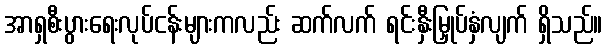
အာရှစီးပွားရေးလုပ်ငန်းများကလည်း ဆက်လက် ရင်းနှီးမြှုပ်နှံလျက် ရှိသည်။